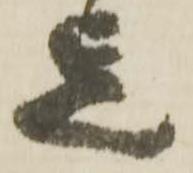
迄